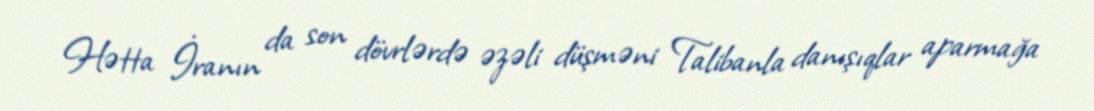
Hətta İranın da son dövrlərdə əzəli düşməni Talibanla danışıqlar aparmağa